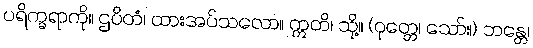
ပရိက္ခရာကို။ ဌပိတံ၊ ထားအပ်သလော။ ဣတိ၊ သို့။ (ဝုတ္တေ၊ သော်။) ဘန္တေ၊